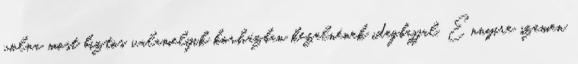
volna most biztos valamelyik korházban kezelnének idegbajjal. Ennyire szemen